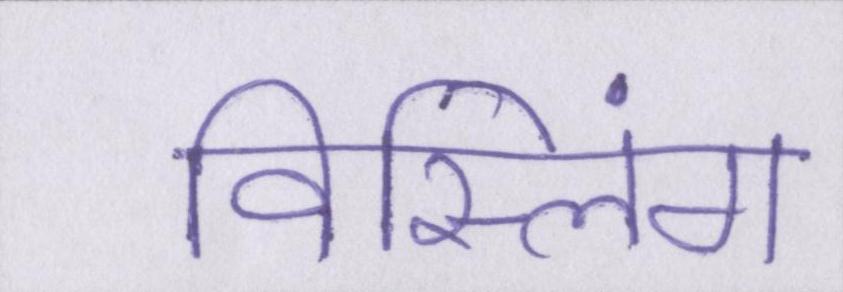
विस्लिंग